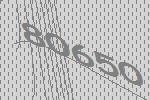
80650